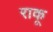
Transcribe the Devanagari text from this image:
राकू